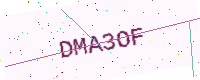
Text: DMA3OF